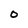
Character: 0